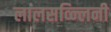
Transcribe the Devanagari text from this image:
लालसव्न्लिनी